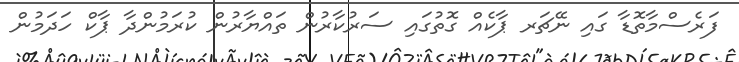
ފަރެސްމާތޮޑާ ގައި ނޭޗަަރ ޕާކެއް ގޮތުގައި ސަރުކާރުން ތައްޔާރުން ކުރަމުންދާ ޕާކް ހަދަމުން